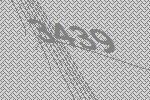
3439